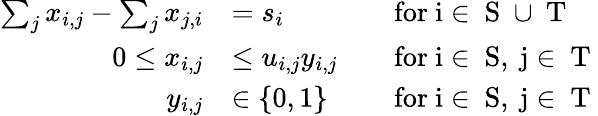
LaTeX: \begin{array}{rlrl}{\sum_{j}x_{i,j}-\sum_{j}x_{j,i}}&{=s_{i}}&&{\mathrm{for~i\in~S~\cup~T~}}\\ {0\le x_{i,j}}&{\le u_{i,j}y_{i,j}}&&{\mathrm{for~i\in~S,\ j\in~T~}}\\ {y_{i,j}}&{\in\{ 0,1\} }&&{\mathrm{for~i\in~S,\ j\in~T~}}\end{array}